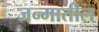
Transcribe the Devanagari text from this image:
जन्‍मातील